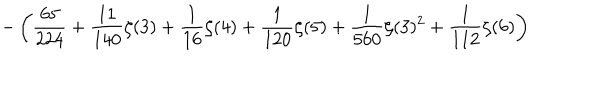
LaTeX: \displaystyle - \left( \frac { 6 5 } { 2 2 4 } + \frac { 1 1 } { 1 4 0 } \zeta ( 3 ) + \frac { 1 } { 1 6 } \zeta ( 4 ) + \frac { 1 } { 1 2 0 } \zeta ( 5 ) + \frac { 1 } { 5 6 0 } \zeta ( 3 ) ^ { 2 } + \frac { 1 } { 1 1 2 } \zeta ( 6 ) \right)